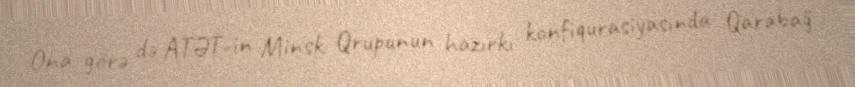
Ona görə də ATƏT-in Minsk Qrupunun hazırkı konfiqurasiyasında Qarabağ